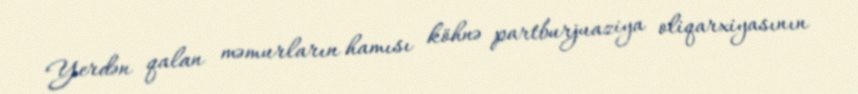
Yerdən qalan məmurların hamısı köhnə partburjuaziya oliqarxiyasının